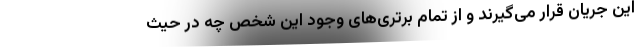
این جریان قرار می‌گیرند و از تمام برتری‌های وجود این شخص چه در حیث